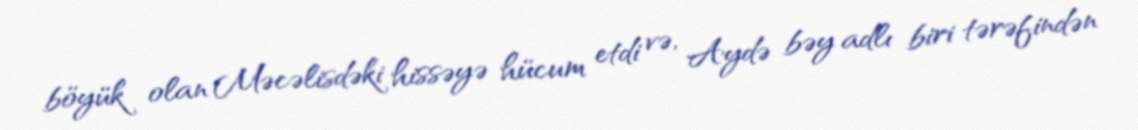
böyük olan Məcəlisdəki hissəyə hücum etdi və, Aydə bəy adlı biri tərəfindən